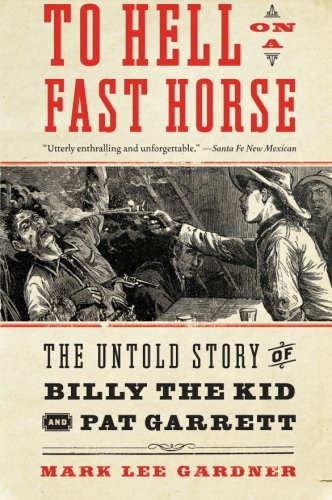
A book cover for To Hell on a Fast Horse: The Untold Story of Billy the Kid and Pat Garrett; Mark Lee Gardner; Biographies & Memoirs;